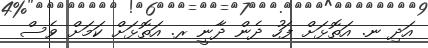
އަދި ނ. އަތޮޅަށް ފަހު ދެން ދާނީ ރ. އަތޮޅަށް ކަމަށް ވެސް